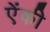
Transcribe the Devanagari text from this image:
ऐंकी